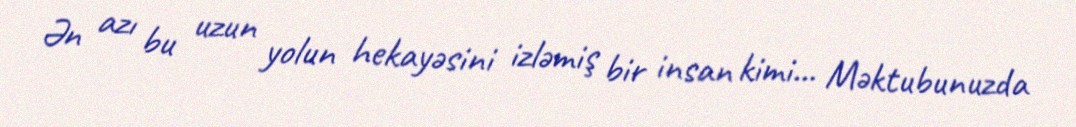
Ən azı bu uzun yolun hekayəsini izləmiş bir insan kimi... Məktubunuzda